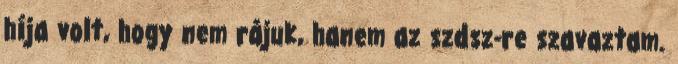
híja volt, hogy nem rájuk, hanem az szdsz-re szavaztam.